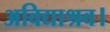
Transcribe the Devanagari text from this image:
अविद्याश्रव।